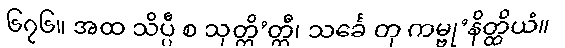
၆၇၆။ အထ သိပ္ပီ စ သုတ္တိ’တ္ထီ၊ သင်္ခေ တု ကမ္ဗု’နိတ္ထိယံ။